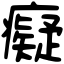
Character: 癡